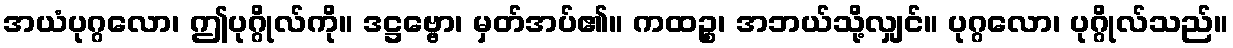
အယံပုဂ္ဂလော၊ ဤပုဂ္ဂိုလ်ကို။ ဒဋ္ဌဗ္ဗော၊ မှတ်အပ်၏။ ကထဉ္စ၊ အဘယ်သို့လျှင်။ ပုဂ္ဂလော၊ ပုဂ္ဂိုလ်သည်။